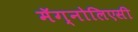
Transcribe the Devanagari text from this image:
मॅग्नोलिएसी